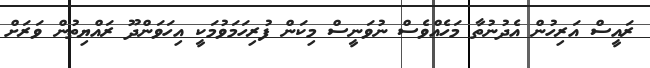
ރައީސް އަރިހުން އެދުނުތާ މަހެއްވެސް ނުވަނީސް މިކަން ފުރިހަމަވުމަކީ އިހަވަންދޫ ރައްޔިތުން ވަރަށް